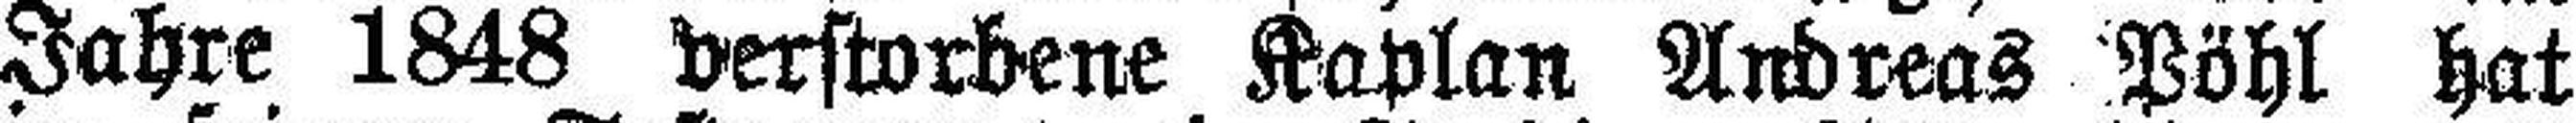
Jahre 1848 verstorbene Kaplan Andreas Pöhl hat